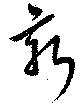
新